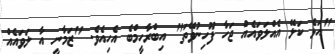
"އަޅެ ކަލޭ އެއްލަވައެއް ޖަހާ ފޫހިނުވޭތަ" އިބްރާހީމްބެ އެހިއެވެ. "ޒަމާނީ އާ ލަވައެއް